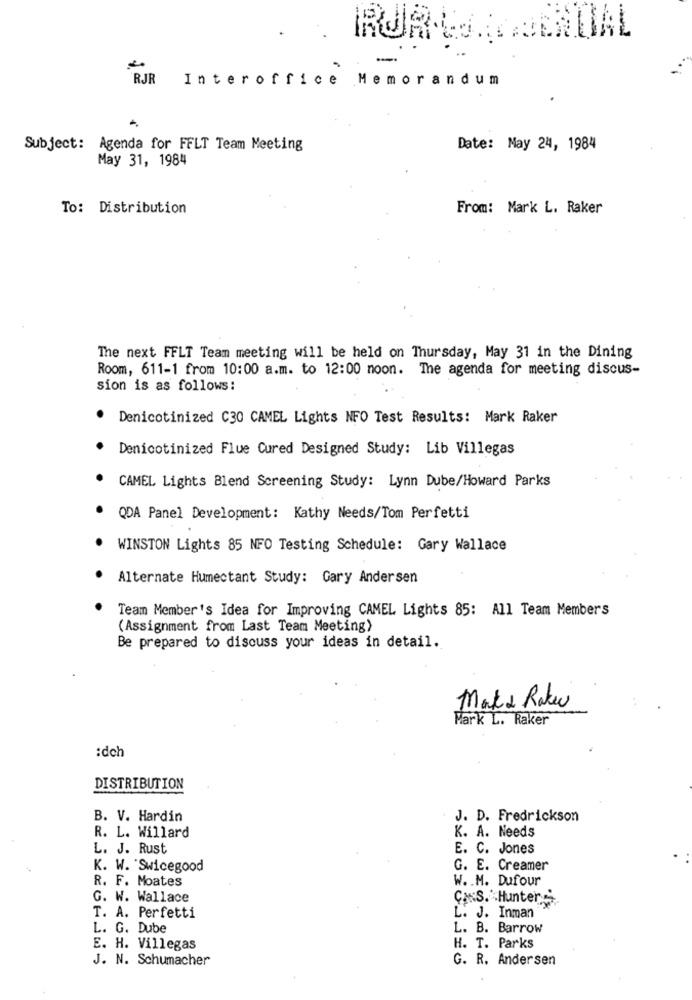
RJR
Interoffice Memorandum
Subject: Agenda for FFLT Team Meeting
Date: May 24, 1984
May 31, 1984
To: Distribution
From: Mark L. Raker
The next FFLT Team meeting will be held on Thursday, May 31 in the Dining
Room, 611-1 from 10:00 a.m. to 12:00 noon. The agenda for meeting discus-
sion is as follows:
Denicotinized C30 CAMEL Lights NFO Test Results: Mark Raker
Denicotinized Flue Cured Designed Study: Lib Villegas
CAMEL Lights Blend Screening Study: Lynn Dube/Howard Parks
QDA Panel Development: Kathy Needs/Tom Perfetti
WINSTON Lights 85 NFO Testing Schedule: Gary Wallace
Alternate Humectant Study: Gary Andersen
Team Member's Idea for Improving CAMEL Lights 85: All Team Members
(Assignment from Last Team Meeting)
Be prepared to discuss your ideas in detail.
Mark & Rake
Mark L. Raker
:dch
DISTRIBUTION
B. V. Hardin
J. D. Fredrickson
K. A. Needs
R. L. Willard
L. J. Rust
E. C. Jones
K. W. Swicegood
G. E. Creamer
W .. M. Dufour
R. F. Moates
G. W. Wallace
CANS. Hunter
T. A. Perfetti
L. J. Inman
L. G. Dube
L. B. Barrow
H. T. Parks
E. H. Villegas
J. N. Schumacher
G. R. Andersen